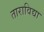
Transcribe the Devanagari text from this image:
ताराविद्या